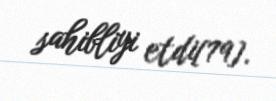
sahibliyi etdi[79].